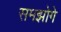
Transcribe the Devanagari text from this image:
समझोगे